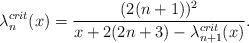
LaTeX: \begin{align*}\lambda _n ^{crit} (x) = \frac{(2(n+1))^2}{x + 2(2n+3)-\lambda^{crit} _{n+1} (x)}.\end{align*}